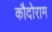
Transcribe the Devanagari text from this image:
कौदोराम